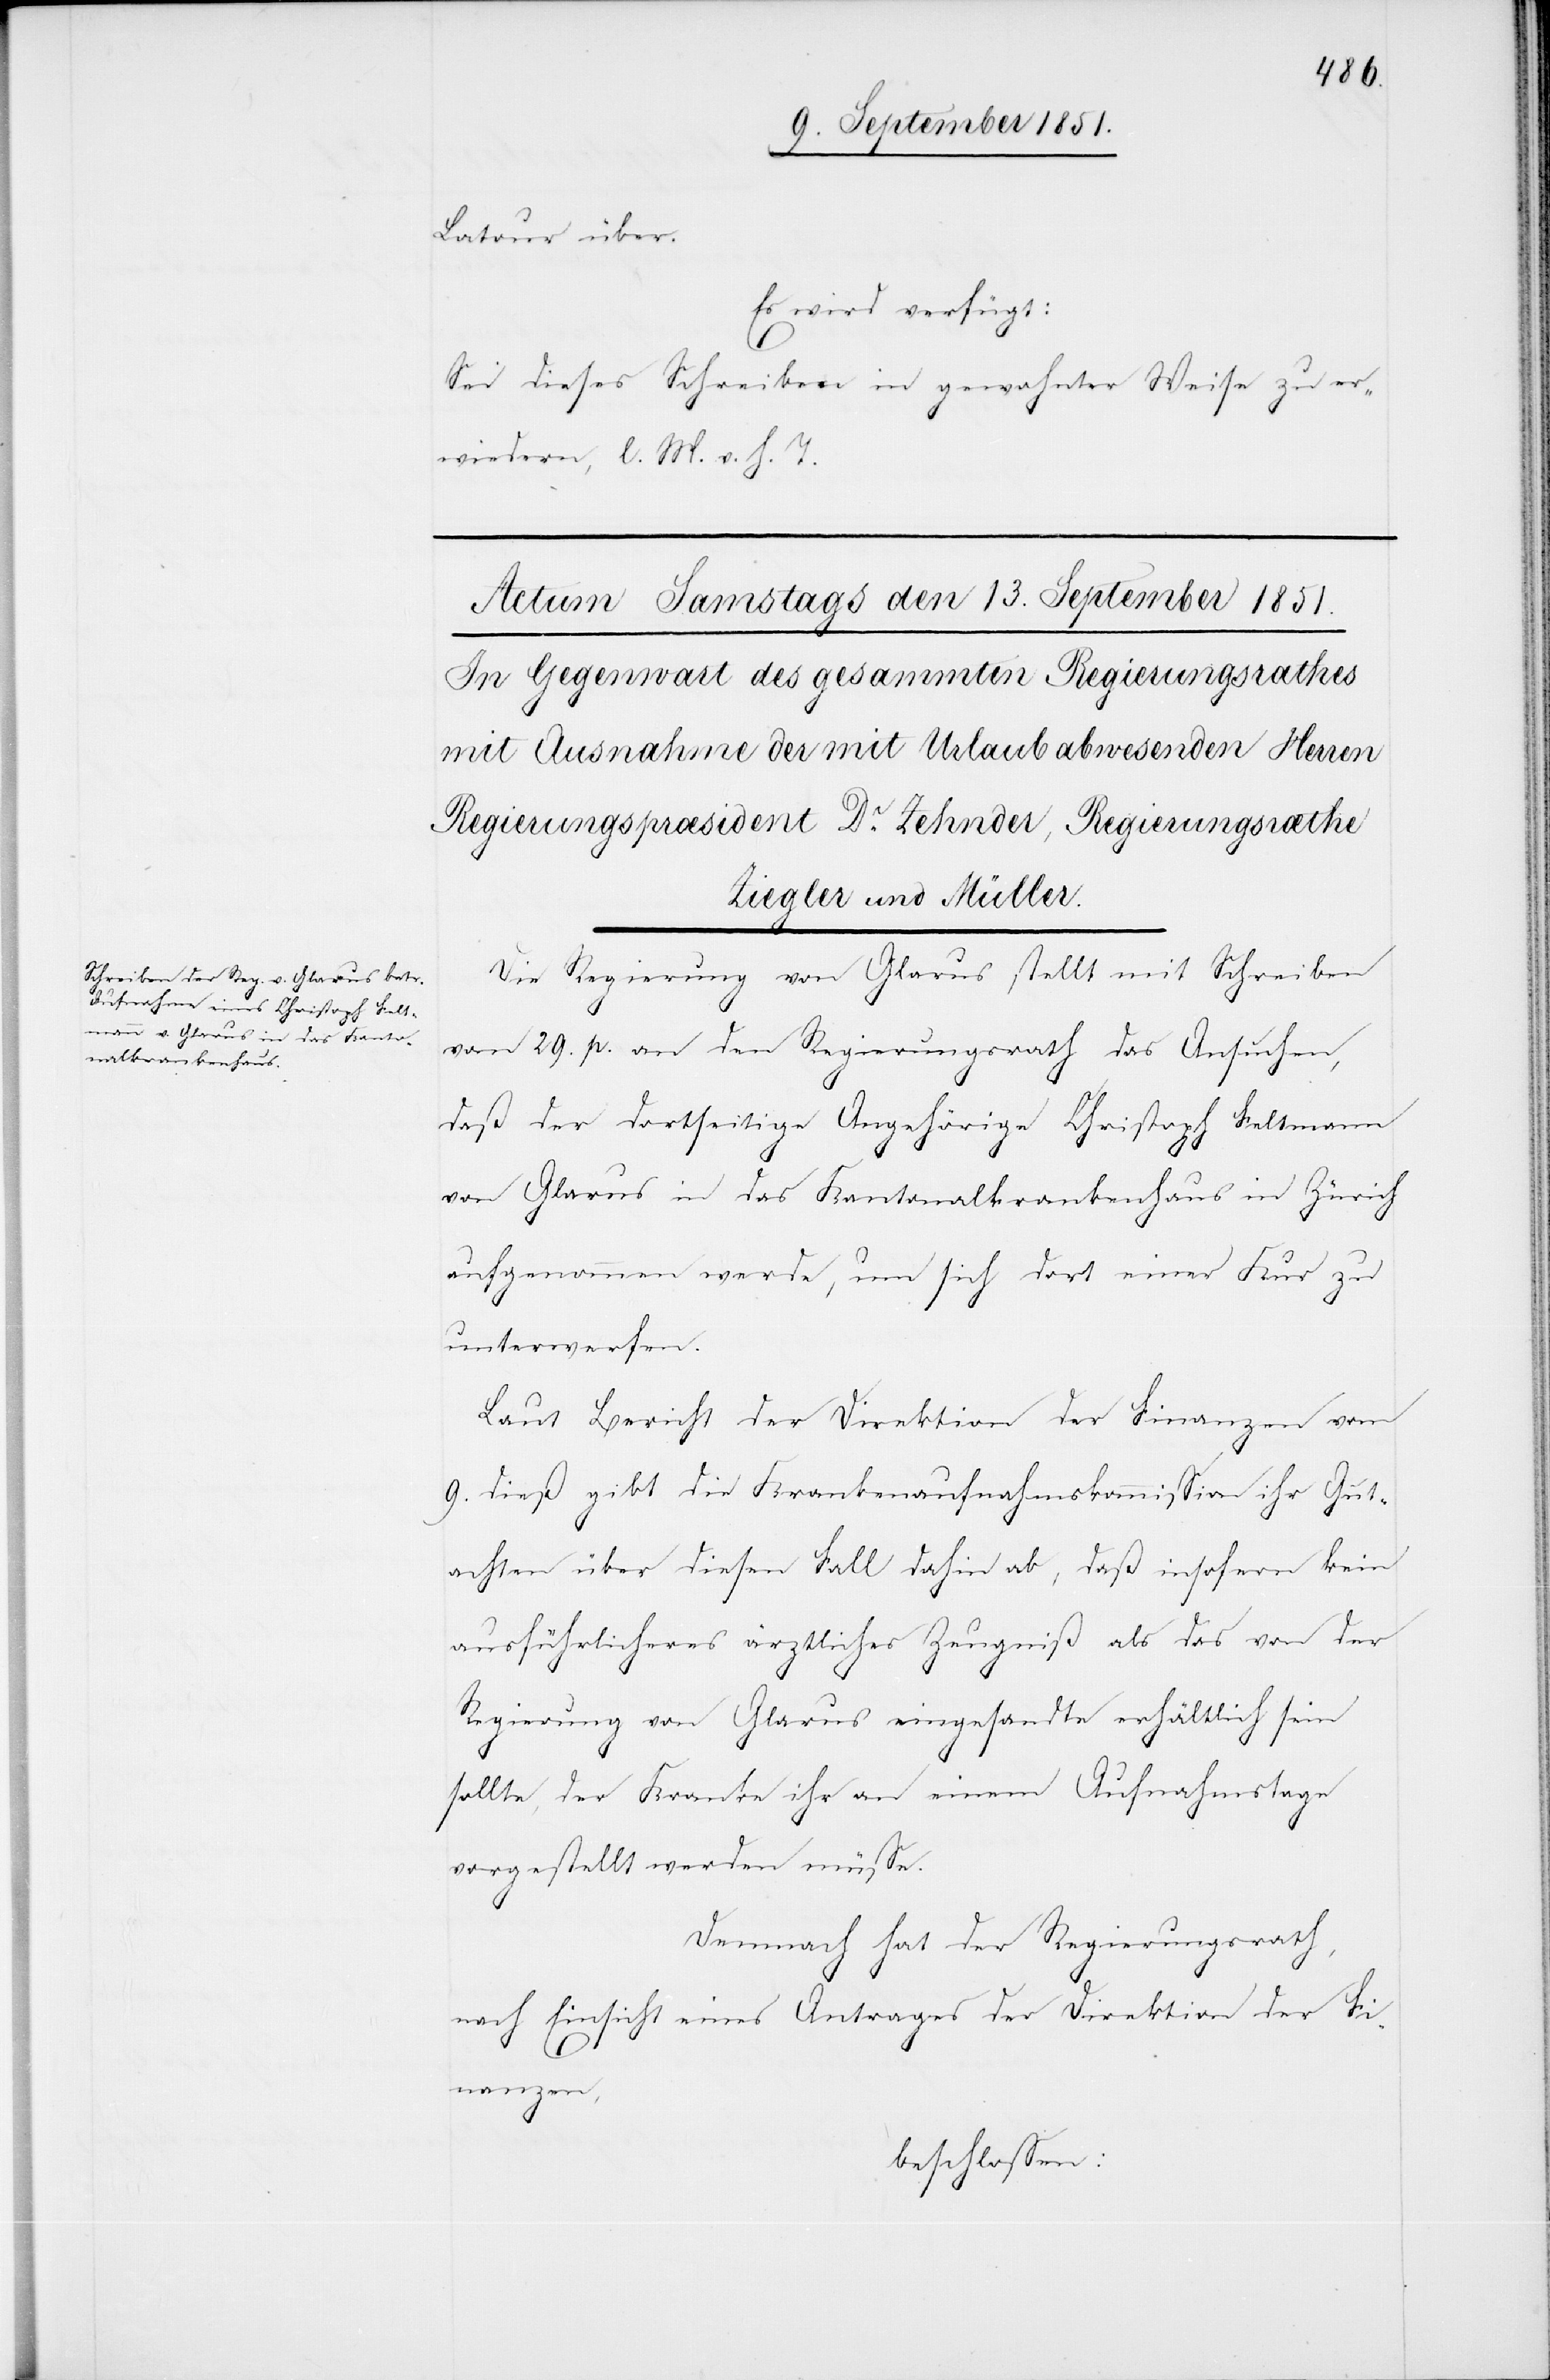
Latour über.
Es wird verfügt:
Sei dieses Schreiben in gewohnter Weise zu er¬
wiedern, l. M. v. h. T.
Die Regierung von Glarus stellt mit Schreiben
vom 29. p. an den Regierungsrath das Ansuchen,
daß der dortseitige Angehörige Christoph Feltmann
von Glarus in das Kantonalkrankenhaus in Zürich
aufgenommen werde, um sich dort einer Kur zu
unterwerfen.
Laut Bericht der Direktion der Finanzen vom
9. dieß gibt die Krankenaufnahmskommission ihr Gut¬
achten über diesen Fall dahin ab, daß insofern kein
ausführlicheres ärztliches Zeugniß als das von der
Regierung von Glarus eingesandte erhältlich sein
sollte, der Kranke ihr an einem Aufnahmstage
vorgestellt werden müsse.
Demnach hat der Regierungsrath,
nach Einsicht eines Antrages der Direktion der Fi¬
nanzen,
beschlossen: